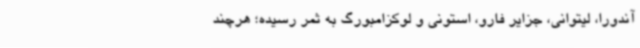
آندورا، لیتوانی، جزایر فارو، استونی و لوکزامبورگ به ثمر رسیده؛ هرچند